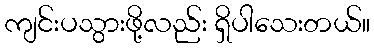
ကျင်းပသွားဖို့လည်း ရှိပါသေးတယ်။